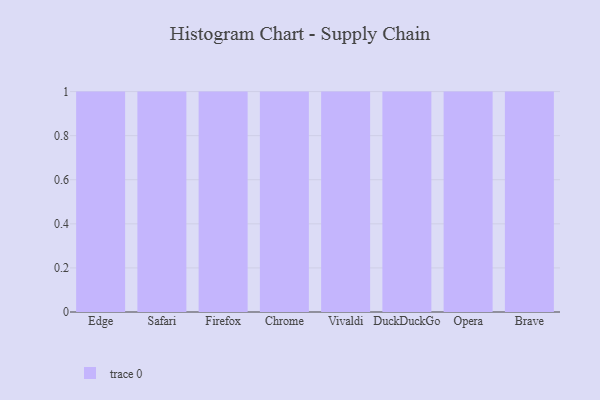
{"axis": {"x": "Browser", "y": "Latency (ms)"}, "legend": [""], "data": [{"x": "Edge", "y": 54, "type": ""}, {"x": "Safari", "y": 83, "type": ""}, {"x": "Firefox", "y": 81, "type": ""}, {"x": "Chrome", "y": 95, "type": ""}, {"x": "Vivaldi", "y": 90, "type": ""}, {"x": "DuckDuckGo", "y": 29, "type": ""}, {"x": "Opera", "y": 60, "type": ""}, {"x": "Brave", "y": 46, "type": ""}]}